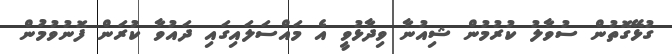
ގުޅޭގޮތުން ސުވާލު ކުރުމުން ޝިއުނާ ވިދާޅުވީ އެ މައްސަލައިގައި ދައުވާ ކުރަން ފޮނުވުމުން